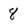
Character: 8